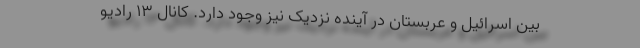
بین اسرائیل و عربستان در آینده نزدیک نیز وجود دارد. کانال ۱۳ رادیو